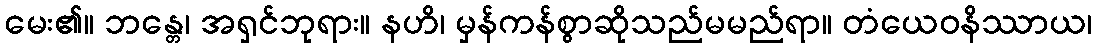
မေး၏။ ဘန္တေ၊ အရှင်ဘုရား။ နဟိ၊ မှန်ကန်စွာဆိုသည်မမည်ရာ။ တံယေဝနိဿာယ၊